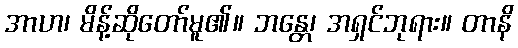
အာဟ၊ မိန့်ဆိုတော်မူ၏။ ဘန္တေ၊ အရှင်ဘုရား။ တာနိ